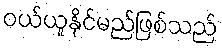
ဝယ်ယူနိုင်မည်ဖြစ်သည်